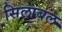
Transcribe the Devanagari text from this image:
सिलाबल